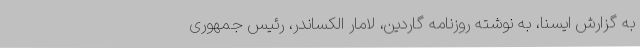
به گزارش ایسنا، به نوشته روزنامه گاردین، لامار الکساندر، رئیس جمهوری